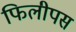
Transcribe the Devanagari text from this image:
फिलीपस